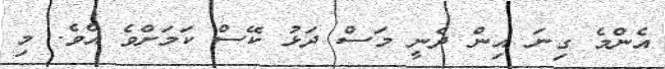
އެންމެ ގިނަ އިން ދެނީ މަސް ދަޅު ކޭސް ކަމަށްވެ އެވެ. މި